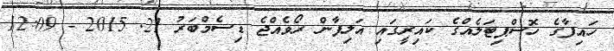
ހައިފާގެ ހޮސްޕިޓަލެއްގެ ކައިރީގައި އަލިފާން ރޯވެއްޖެ ޑިސެމްބަރު 21